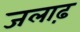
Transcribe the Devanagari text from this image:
जलाढ़